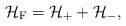
\begin{align*}{\cal H}_{\rm F} = {\cal H}_{+} + {\cal H}_{-} ,\end{align*}